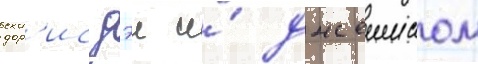
дор'ис дэи и́ джеимсом